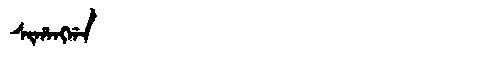
Manchu: ᠰᡳᡥᠠᠩᡤᠠ
Romanization: SIHANGGA